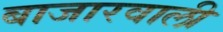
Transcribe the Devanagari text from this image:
बाजारवाली